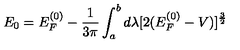
E _ { 0 } = E _ { F } ^ { ( 0 ) } - \frac { 1 } { 3 \pi } \int _ { a } ^ { b } d \lambda [ 2 ( E _ { F } ^ { ( 0 ) } - V ) ] ^ { \frac { 3 } { 2 } }